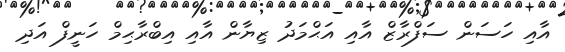
އާއި ހަސަން ސަފްރާޒް އާއި އަޙްމަދު ޒިޔާން އާއި އިބްރާޙިމް ހަނީފް އަދި